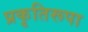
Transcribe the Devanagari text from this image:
प्रकृतिरूपा